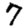
Digit: 7